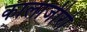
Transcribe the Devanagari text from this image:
कालाजीरो